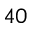
^ { 4 0 }